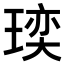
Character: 𪼁